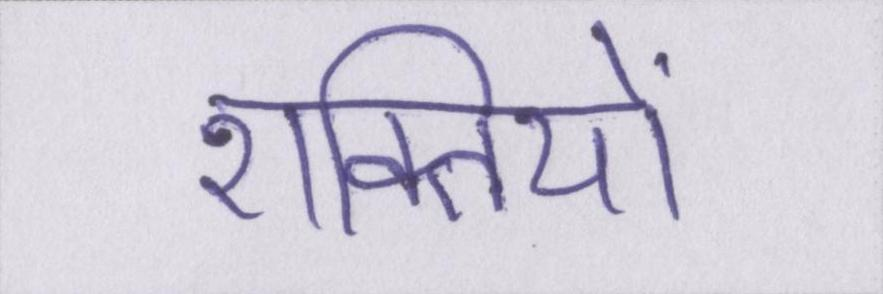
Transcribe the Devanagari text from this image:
शक्तियों